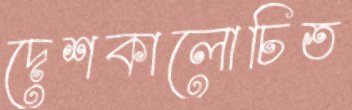
দেশকালোচিত